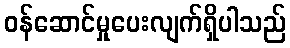
ဝန်ဆောင်မှုပေးလျက်ရှိပါသည်